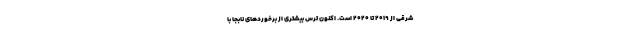
شرقی از ۲۰۱۹ تا ۲۰۲۰ است. اکنون ترس بیشتری از برخورد‌های نابجا با